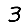
Digit: 3